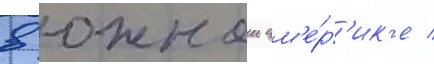
в южнои ам'е́р'ик'е /